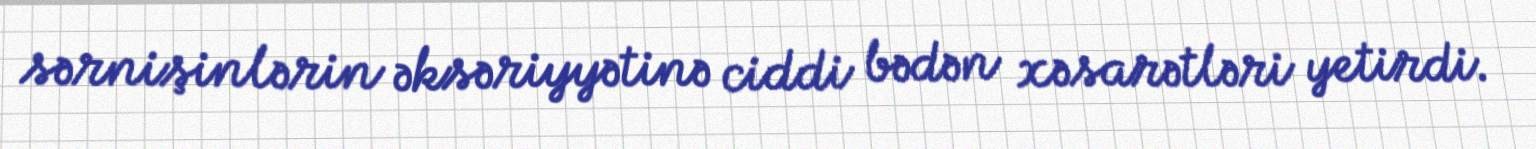
sərnişinlərin əksəriyyətinə ciddi bədən xəsarətləri yetirdi.